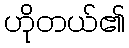
ဟိုတယ်၏